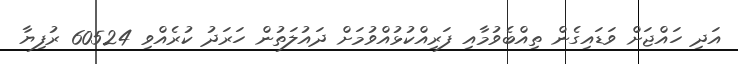
އަދި ހައްޖަށް ވަޑައިގެން ތިއްބެވުމާއި ފަރިއްކުޅުއްވުމަށް ދައުލަތުން ހަރަދު ކުރެއްވި 60524 ރުފިޔާ